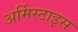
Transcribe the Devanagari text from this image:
अर्मिस्टाइस